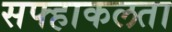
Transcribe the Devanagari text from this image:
सफ्हाकलता